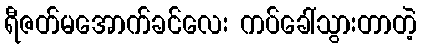
ရီဇတ်မအောက်ခင်လေး ကပ်ခေါ်သွားတာတဲ့